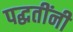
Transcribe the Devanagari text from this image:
पद्घतींनी